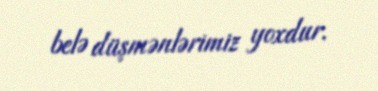
belə düşmənlərimiz yoxdur.